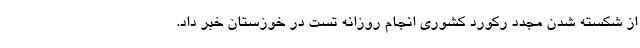
از شکسته شدن مجدد رکورد کشوری انجام روزانه تست در خوزستان خبر داد.